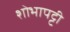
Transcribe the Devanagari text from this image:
शोभापट्टी